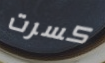
كسرت